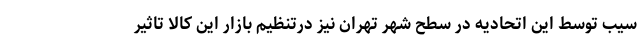
سیب توسط این اتحادیه در سطح شهر تهران نیز درتنظیم بازار این کالا تاثیر